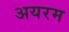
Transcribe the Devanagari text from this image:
अयरम